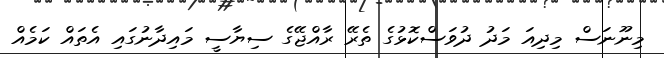
މިނޫނަސް މިދިއަ މަދު ދުވަސްކޮޅުގެ ތެރޭ ރާއްޖޭގެ ސިޔާސީ މައިދާނުގައި އެތައް ކަމެއް